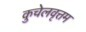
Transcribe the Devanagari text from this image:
कुचेलवृत्तम